Physiological action of certain drugs in tablet form - Number 52A
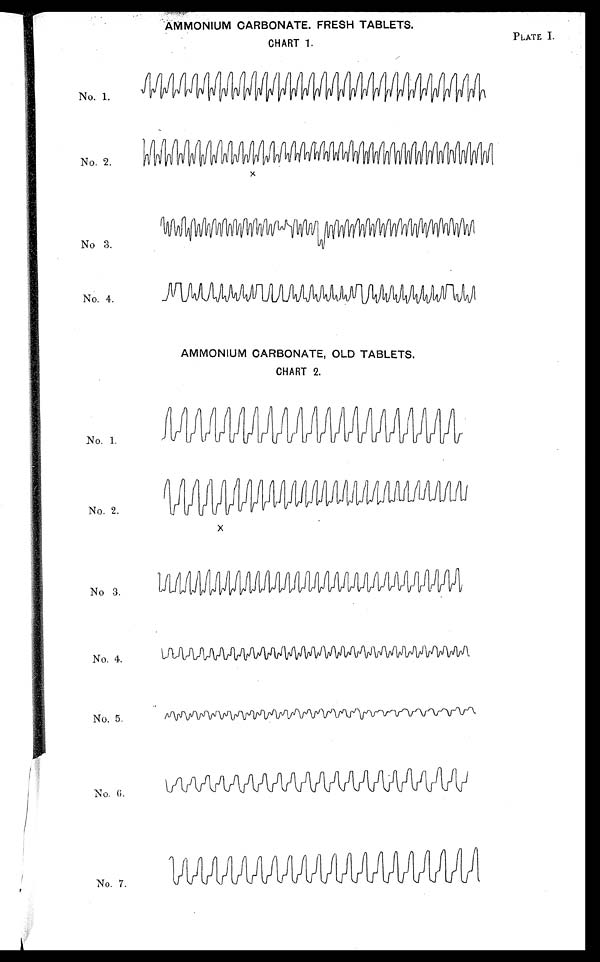
AMMONIUM CARBONATE. FRESH TABLETS.
CHART 1.
PLATE I.
No. 1.
No. 2.
No 3.
No. 4.
AMMONIUM CARBONATE, OLD TABLETS.
CHART 2.
No. 1.
No. 2.
No 3.
No. 4.
No. 5.
No. 6.
No. 7.